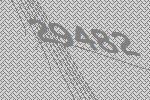
29482